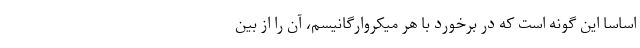
اساسا این گونه است که در برخورد با هر میکروارگانیسم، آن را از بین